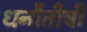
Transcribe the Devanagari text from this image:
धनौतीची